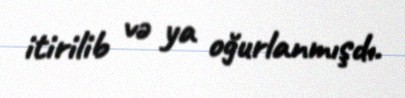
itirilib və ya oğurlanmışdı.